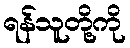
ရန်သူတို့ကို